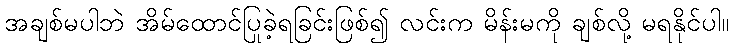
အချစ်မပါဘဲ အိမ်ထောင်ပြုခဲ့ရခြင်းဖြစ်၍ လင်းက မိန်းမကို ချစ်လို့ မရနိုင်ပါ။